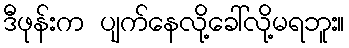
ဒီဖုန်းက ပျက်နေလို့ခေါ်လို့မရဘူး။